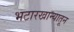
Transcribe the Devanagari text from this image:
भटारखान्यातून